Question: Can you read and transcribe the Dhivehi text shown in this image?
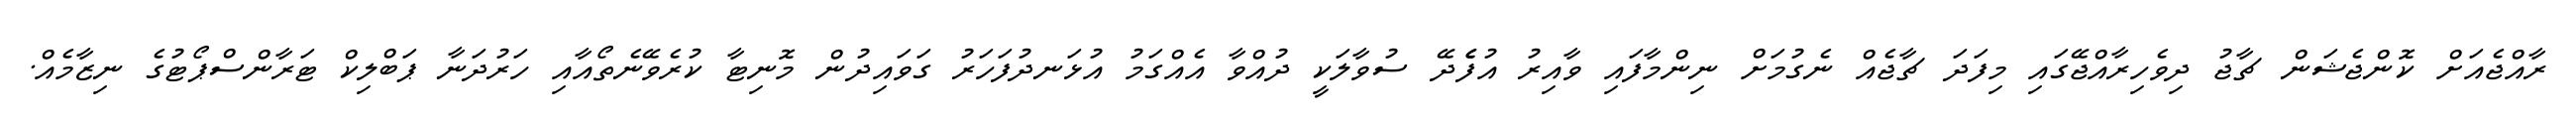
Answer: ރާއްޖެއަށް ކޮންޖެޝަން ޗާޖު ދިވެހިރާއްޖޭގައި މިފަދަ ޗާޖެއް ނެގުމަށް ނިންމާފައި ވާއިރު އުފެެދޭ ސުވާލަކީ ދުއްވާ އެއްގަމު އުޅަނދުފަހަރު ގަވައިދުން މޮނިޓާ ކުރެވޭނެތޯއާއި ހަރުދަނާ ޕަބްލިކް ޓަރާންސްޕޯޓުގެ ނިޒާމެއް.